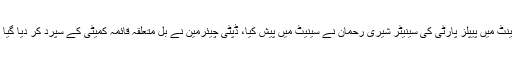
بل سینٹ میں پیپلز پارٹی کی سینیٹر شیری رحمان نے سینیٹ میں پیش کیا، ڈپٹی چیئرمین نے بل متعلقہ قائمہ کمیٹی کے سپرد کر دیا گیا ہے ۔